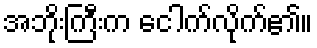
အဘိုးကြီးက ငေါက်လိုက်၏။